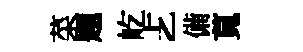
菜题屹𠧒備莧